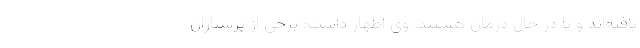
یافته‌اند و یا در حال درمان هستند. وی اظهار داشت: برخی از پرستاران